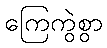
ကြေကွဲစွာ